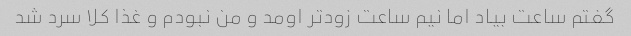
گفتم ساعت بیاد اما نیم ساعت زودتر اومد و من نبودم و غذا کلا سرد شد